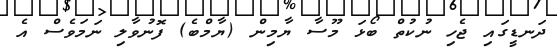
ދަނޑީގައި ޖެހި ނުކުތް ބޯޅަ މޫސާ ޔާމިން (ޔާމްބެ) ފޮނުވާލި ނަމަވެސް އެ